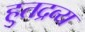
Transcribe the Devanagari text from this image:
हुतद्रव्य